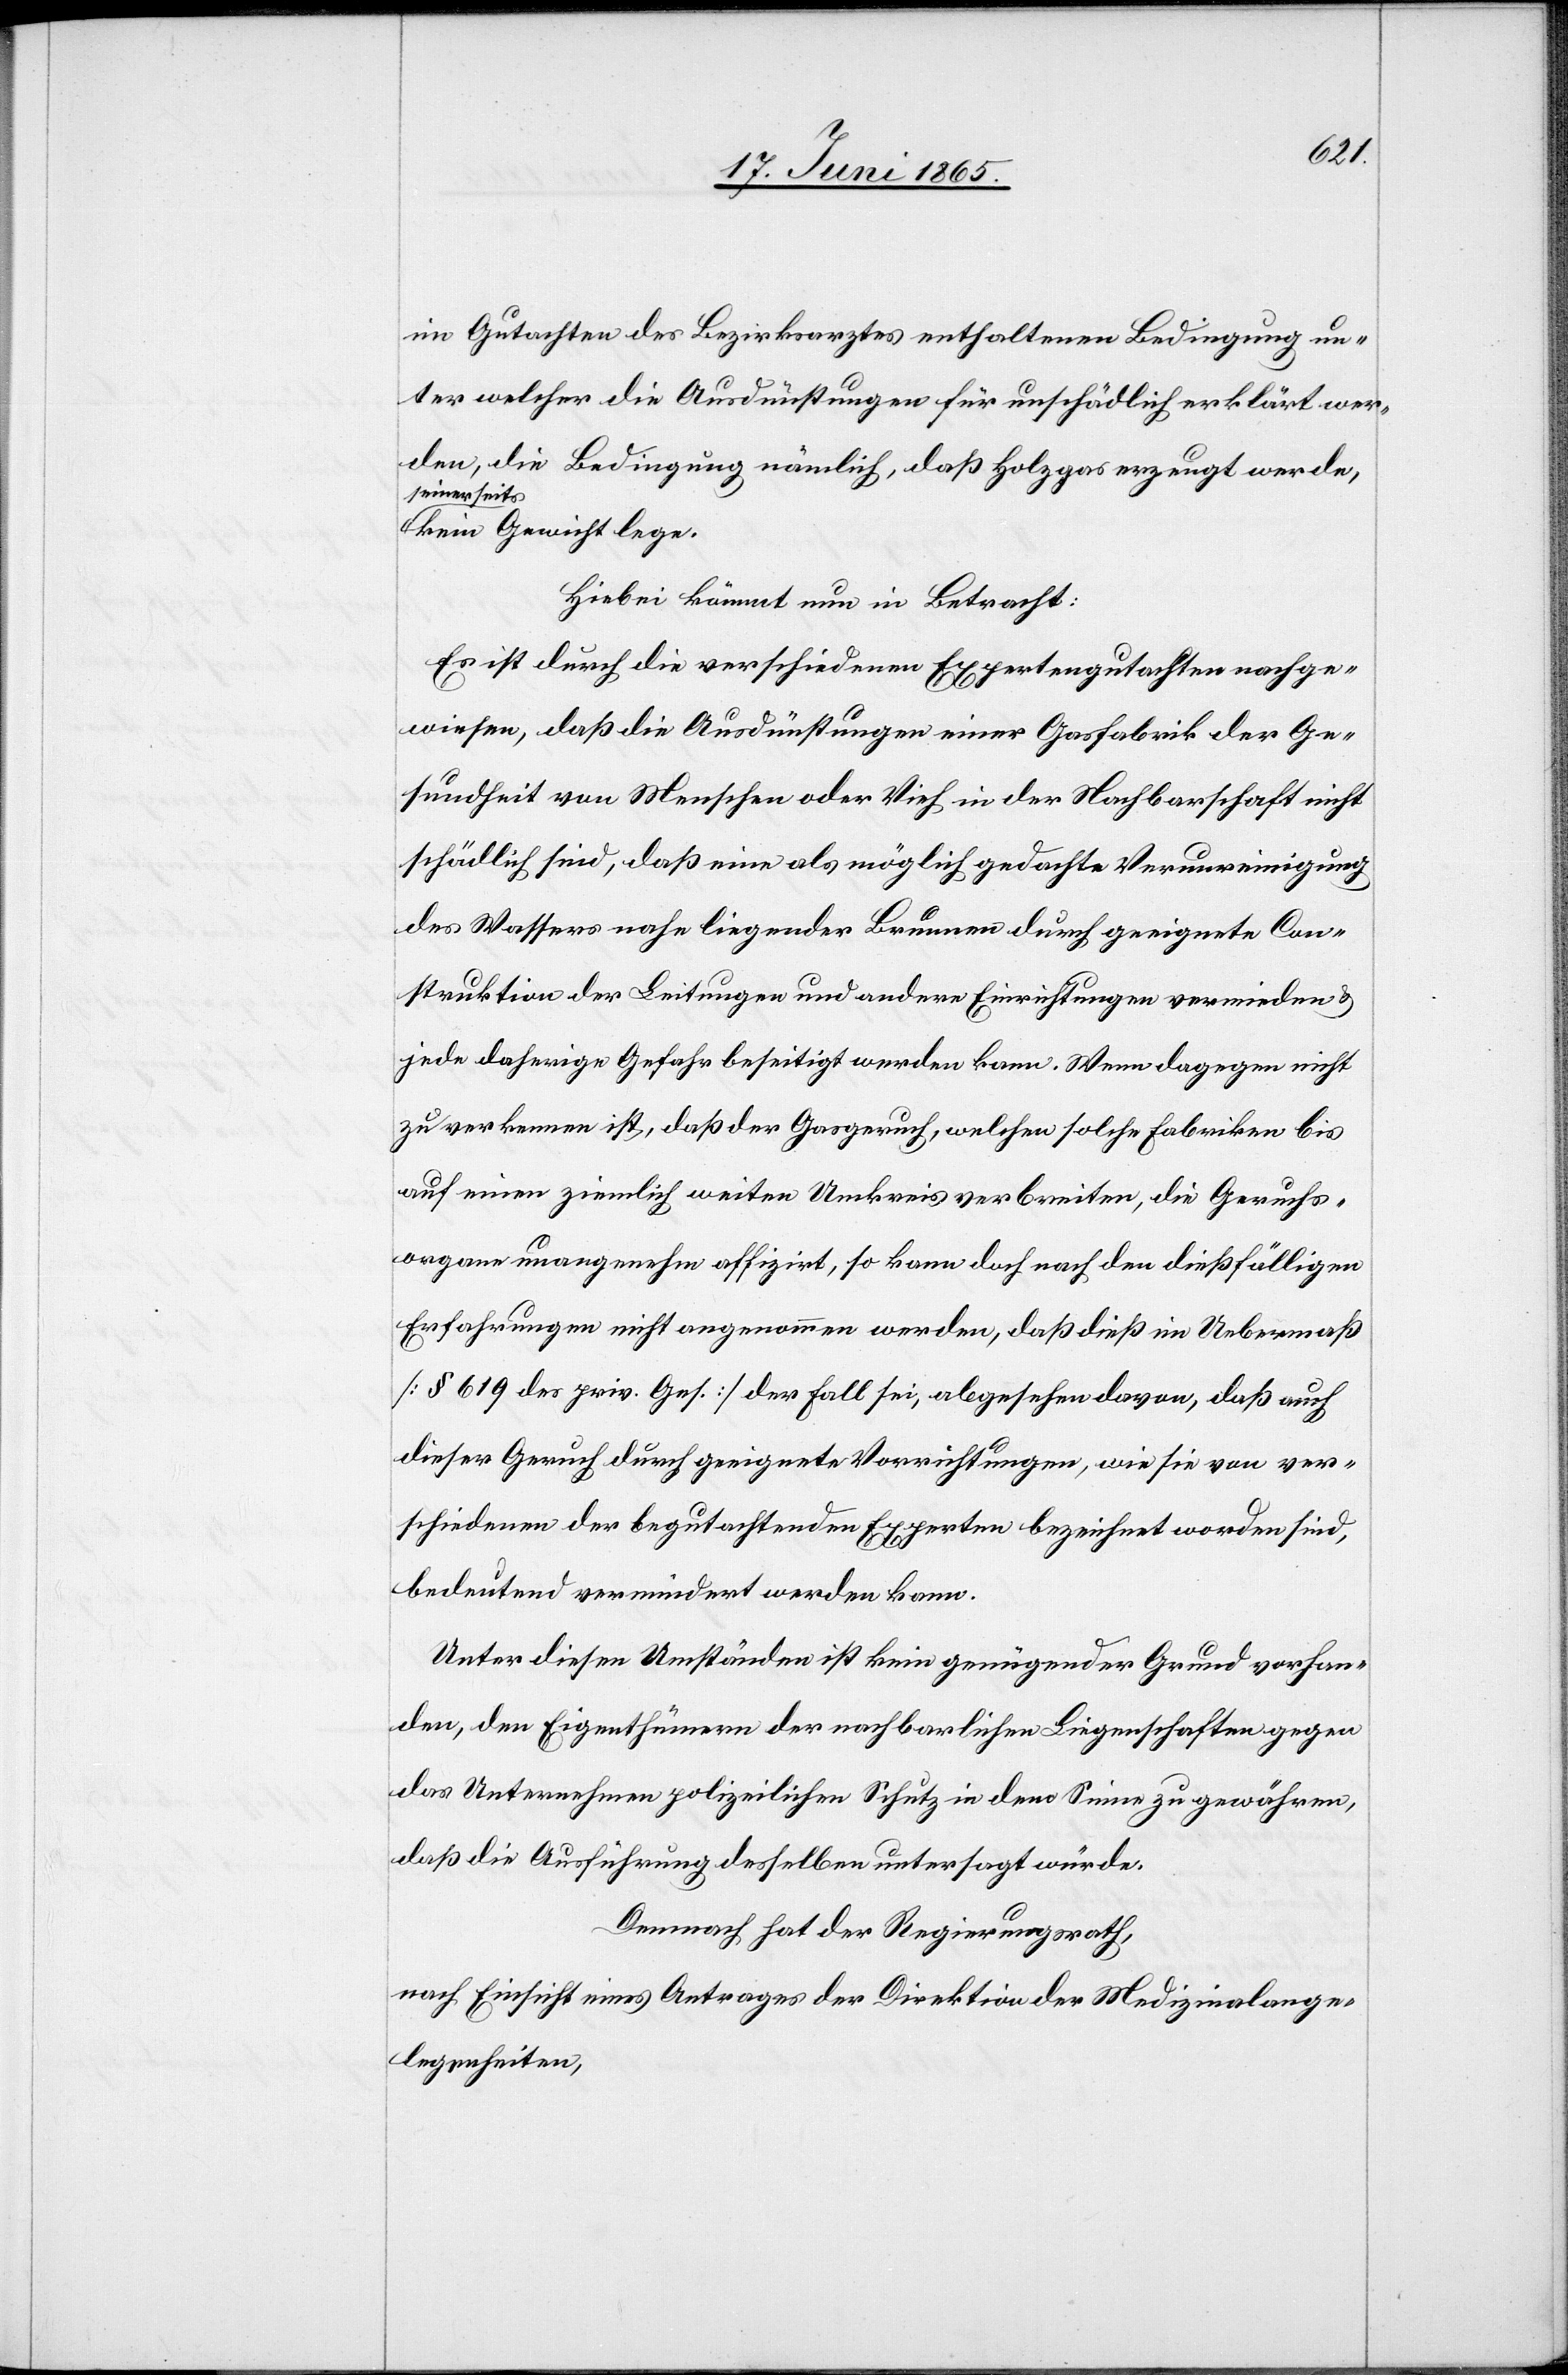
im Gutachten des Bezirksarztes enthaltenen Bedingung un¬
ter welcher die Ausdünstungen für unschädlich erklärt wer¬
den, die Bedingung nämlich, daß Holzgas erzeugt werde,
seinerseits
kein Gewicht lege.
Hiebei kömmt nun in Betracht:
Es ist durch die verschiedenen Expertengutachten nachge¬
wiesen, daß die Ausdünstungen einer Gasfabrik der Ge¬
sundheit von Menschen oder Vieh in der Nachbarschaft nicht
schädlich sind, daß eine als möglich gedachte Verunreinigung
des Wassers nahe liegender Brunnen durch geeignete Con¬
struktion der Leitungen und andere Einrichtungen vermieden &
jede daherige Gefahr beseitigt werden kann. Wenn dagegen nicht
zu verkennen ist, daß der Gasgeruch, welchen solche Fabriken bis
auf einen ziemlich weiten Umkreis verbreiten, die Geruchs¬
organe unangenehm affizirt, so kann doch nach den dießfälligen
Erfahrungen nicht angenommen werden, daß dieß im Uebermaß
[§ 619 des priv. Ges.] der Fall sei, abgesehen davon, daß auch
dieser Geruch durch geeignete Vorrichtungen, wie sie von ver¬
schiedenen der begutachtenden Experten bezeichnet worden sind,
bedeutend vermindert werden kann.
Unter diesen Umständen ist kein genügender Grund vorhan¬
den, den Eigenthümern der nachbarlichen Liegenschaften gegen
das Unternehmen polizeilichen Schutz in dem Sinne zu gewähren,
daß die Ausführung desselben untersagt würde.
Demnach hat der Regierungsrath,
nach Einsicht eines Antrages der Direktion der Medizinalange¬
legenheiten,